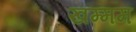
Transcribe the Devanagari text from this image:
खम्‍मम